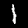
Digit: 1